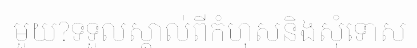
មួយ?ទទួលស្គាល់ពីកំហុសនិងសុំទោស